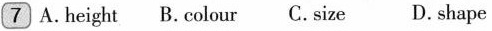
7 A.height B.colour C. size D. shape